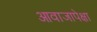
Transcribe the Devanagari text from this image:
आवाजापेक्षा